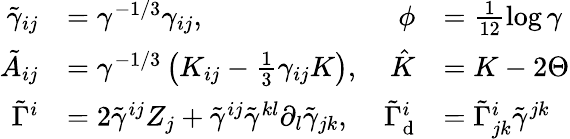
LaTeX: \begin{array}{rlrl}{\tilde{\gamma}_{ij}}&{=\gamma^{-1/3}\gamma_{ij},}&{\phi}&{=\frac{1}{12}\log\gamma}\\ {\tilde{A}_{ij}}&{=\gamma^{-1/3}\left(K_{ij}-\frac{1}{3}\gamma_{ij}K\right),}&{\hat{K}}&{=K-2\Theta}\\ {\tilde{\Gamma}^{i}}&{=2\tilde{\gamma}^{ij}Z_{j}+\tilde{\gamma}^{ij}\tilde{\gamma}^{kl}\partial_{l}\tilde{\gamma}_{jk},}&{\tilde{\Gamma}_{\mathrm{d}}^{i}}&{=\tilde{\Gamma}_{jk}^{i}\tilde{\gamma}^{jk}}\end{array}